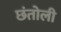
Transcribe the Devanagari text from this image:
छंतोली